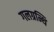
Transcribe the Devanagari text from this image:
गलग्रन्थि